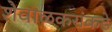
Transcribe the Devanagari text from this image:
शेवाळकरांकडे